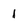
Character: 1